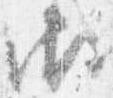
御